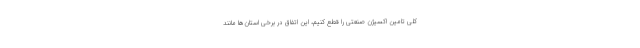
کلی تامین اکسیژن صنعتی را قطع کنیم، این اتفاق در برخی استان‌ها مانند